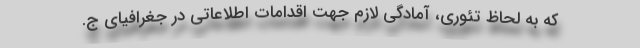
که به لحاظ تئوری، آمادگی لازم جهت اقدامات اطلاعاتی در جغرافیای ج.